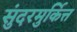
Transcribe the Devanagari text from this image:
सुंदरमुर्कित्त